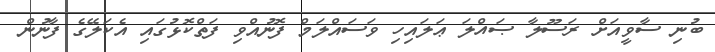
ބުނި ސާވީއަށް ރަސޫލާ ޞައްލަ ޢަލައިހި ވަސައްލަމް ފޮނުއްވި ފަތްކޮޅުގައި އެކަލޭގެ ފާނުން